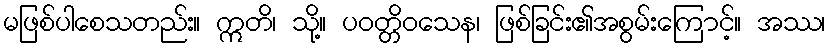
မဖြစ်ပါစေသတည်း။ ဣတိ၊ သို့။ ပဝတ္တိဝသေန၊ ဖြစ်ခြင်း၏အစွမ်းကြောင့်။ အဿ၊